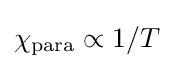
\chi _{\rm {para}}\propto 1/T